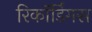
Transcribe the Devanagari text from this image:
रिकॉर्डिंगस